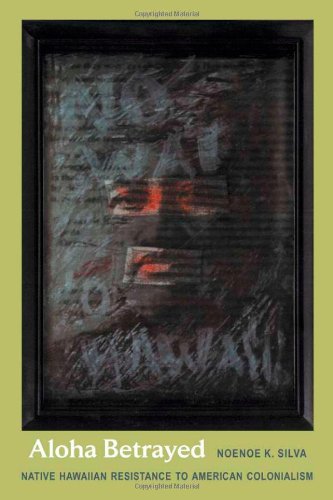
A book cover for Aloha Betrayed: Native Hawaiian Resistance to American Colonialism (American Encounters/Global Interactions); Noenoe K. Silva; History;